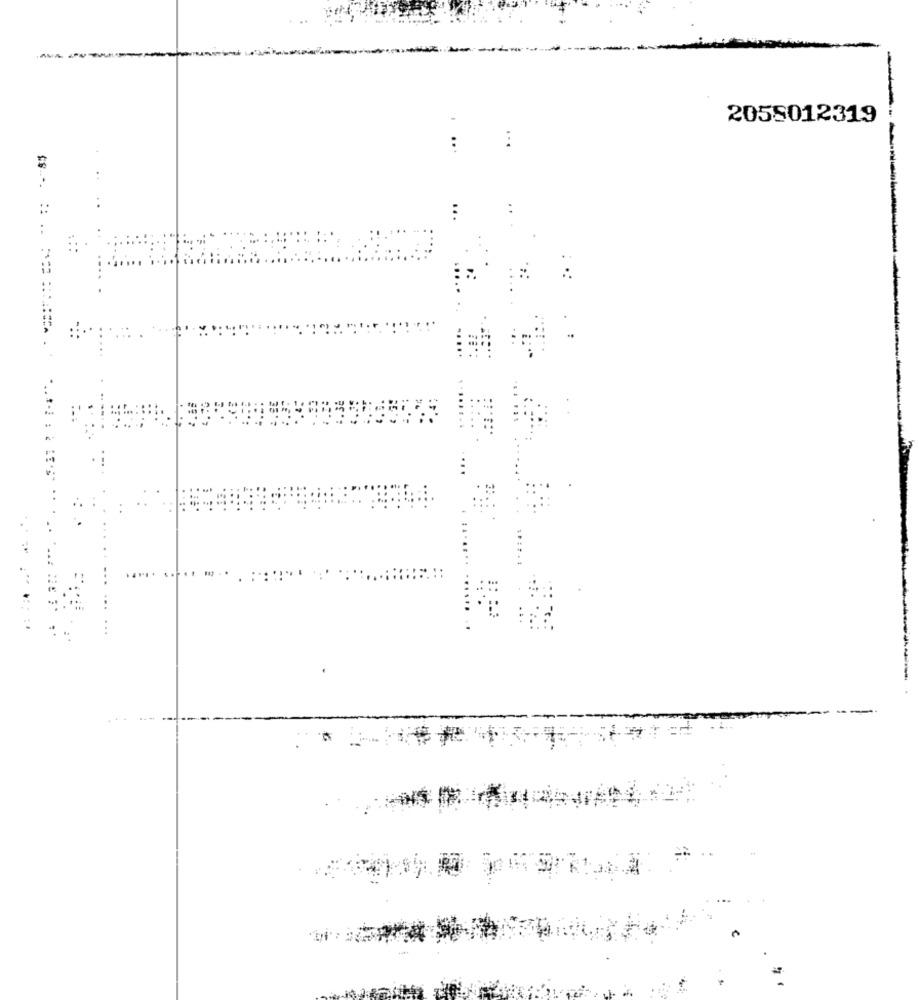
2055012319
...
....